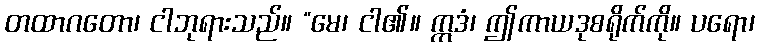
တထာဂတော၊ ငါဘုရားသည်။ “မေ၊ ငါ၏။ ဣဒံ၊ ဤကာယဒုစရိုက်ကို။ ပရော၊